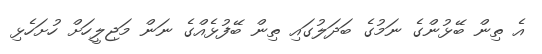
އެ ތިން ބޭޅުންގެ ނަމުގެ ބަދަލުގައި ތިން ބޭފުޅެއްގެ ނަން މަޖިލީހަށް ހުށަހެޅި